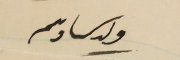
ولد سىادىكم